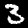
Label: 3